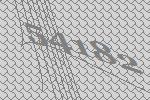
54182